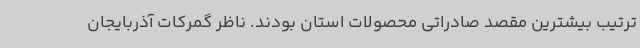
ترتیب بیشترین مقصد صادراتی محصولات استان بودند. ناظر گمرکات آذربایجان